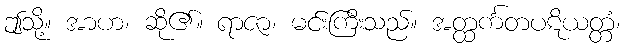
ဤသို့။ အာဟ၊ ဆို၏။ ရာဇာ၊ မင်းကြီးသည်။ အတ္ထင်္ကတပဋိယတ္တံ၊